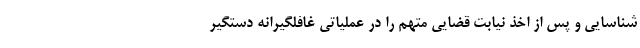
شناسایی و پس از اخذ نیابت قضایی متهم را در عملیاتی غافلگیرانه دستگیر